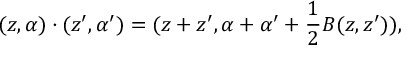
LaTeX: ( z , \alpha ) \cdot ( z ^ { \prime } , \alpha ^ { \prime } ) = ( z + z ^ { \prime } , \alpha + \alpha ^ { \prime } + \frac 1 2 B ( z , z ^ { \prime } ) ) ,